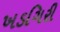
ખડગિરી